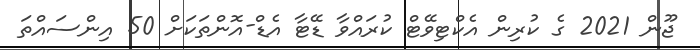
ޖޫން 2021 ގެ ކުރިން އެކްޓިވޭޓް ކުރައްވާ ޑޭޓާ އެޑް-އޮންތަކަށް 50 އިންސައްތަ